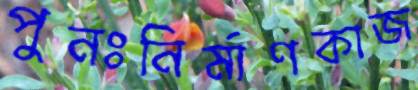
পুনঃনির্মাণকাজ